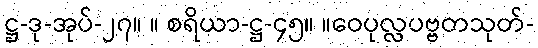
ဋ္ဌ-ဒု-အုပ်-၂၇။ ။ စရိယာ-ဋ္ဌ-၄၅။ ။ဝေပုလ္လပဗ္ဗတသုတ်-